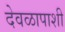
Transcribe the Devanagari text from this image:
देवळापाशी